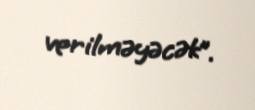
verilməyəcək”.